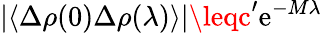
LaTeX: |\langle\Delta\rho(0)\Delta\rho(\lambda)\rangle|\leqc^{\prime}\mathrm{e}^{-M\lambda}